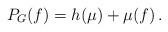
LaTeX: \begin{align*}P_G(f) = h(\mu) + \mu(f) \,.\end{align*}